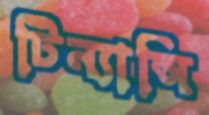
টিন্যান্সি